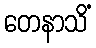
တေနာသိံ